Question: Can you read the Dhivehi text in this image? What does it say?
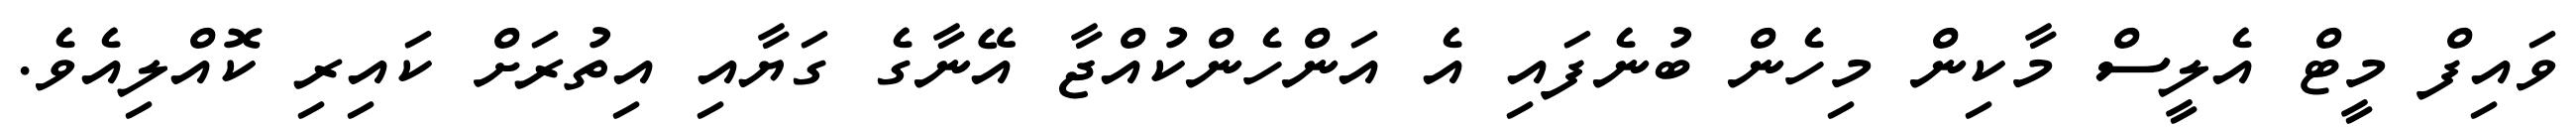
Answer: ވައިފް މީޓް އެލީސް މާކިން މިހެން ބުނެފައި އެ އަންހެންކުއްޖާ އޭނާގެ ގަޔާއި އިތުރަށް ކައިރި ކޮއްލިއެވެ.